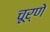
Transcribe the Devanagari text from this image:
चूर्णे